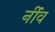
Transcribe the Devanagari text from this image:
नींंव